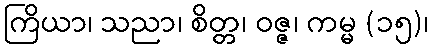
ကြိယာ၊ သညာ၊ စိတ္တ၊ ဝဇ္ဇ၊ ကမ္မ (၁၅)၊